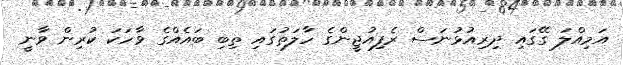
އަމިއްލަ ގޭގައި ދިރިއުޅުނަސް ރެފިއުޖީންގެ ހާލަތުގައި ތިބި ބައެއްގެ ވާހަކަ ކުރިން ވާނީ